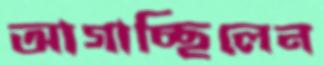
আগাচ্ছিলেন